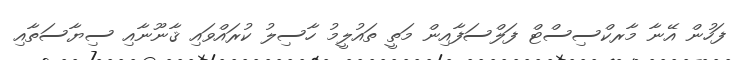
ފަހުން އޭނާ މާރކްސިސްޓް ފަލްސަފާއިން މަތީ ތައުލީމު ހާސިލު ކުރައްވައި ޤާނޫނާއި ސިޔާސަތާއި